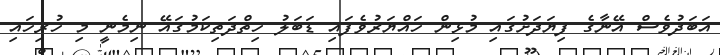
އަބަދުވެސް އޭނާގެ ފިޔަދަށުގައި މުޅިން ހައްޔަރުވެފައި ޑަބަލު ހިތްދަތިކަމުގައޭ ނިމެނީ މި ހުރިހައި